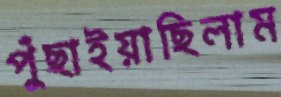
পুঁছাইয়াছিলাম